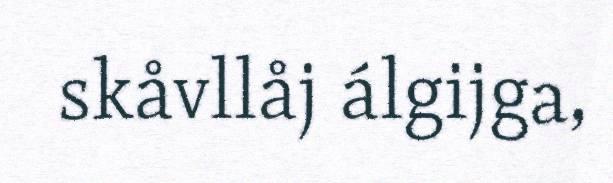
skåvllåj álgijga,